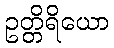
ဥတ္တိရိယော